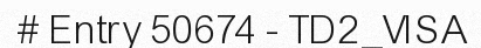
# Entry 50674 - TD2_VISA